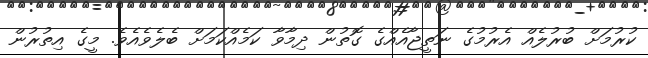
ކުރުމަށް ބުރުލެއް އެރުމުގެ ނަތީޖާއެއްގެ ގޮތުން ދިމާވާ ކަމެއްކަމަށް ބެލެވެއެވެ. މީގެ އިތުރުން